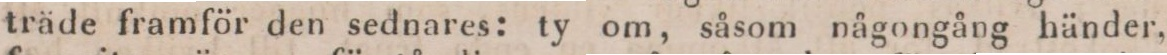
träde framför den sednares: ty om, såsom någongång händer,